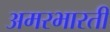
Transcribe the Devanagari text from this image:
अमरभारती